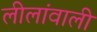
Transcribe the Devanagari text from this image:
लीलांवाली